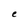
Character: e